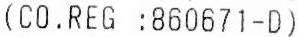
(CO.REG :860671-D)